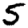
Digit: 5